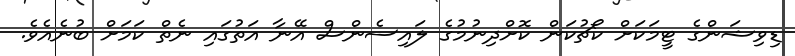
ޑިވިޝަންގެ ޓީމަކަށް ކޯޗުކަން ކޮށްދިނުމުގެ ލައިސެންސް އޭނާ އަތުގައި ނެތް ކަމަށް ބުނެއެވެ.